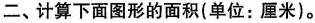
二、计算下面图形的面积(单位：厘米)。